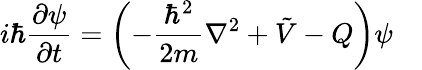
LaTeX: i\hbar{\frac{\partial\psi}{\partial t}}=\left(-{\frac{\hbar^{2}}{2m}}\nabla^{2}+{\tilde{V}}-Q\right)\psi\quad